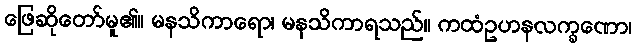
ဖြေဆိုတော်မူ၏။ မနသိကာရော၊ မနသိကာရသည်။ ကထံဥဟနလက္ခဏော၊